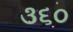
૩૬૦